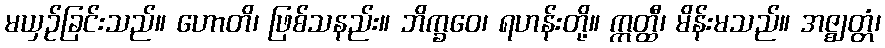
မယှဉ်ခြင်းသည်။ ဟောတိ၊ ဖြစ်သနည်း။ ဘိက္ခဝေ၊ ရဟန်းတို့။ ဣတ္ထီ၊ မိန်းမသည်။ အဇ္ဈတ္တံ၊